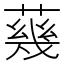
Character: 𦺬